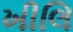
ખીલિ